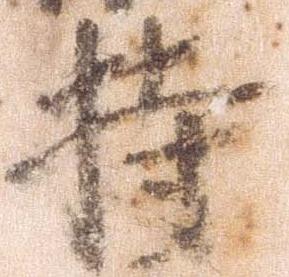
持